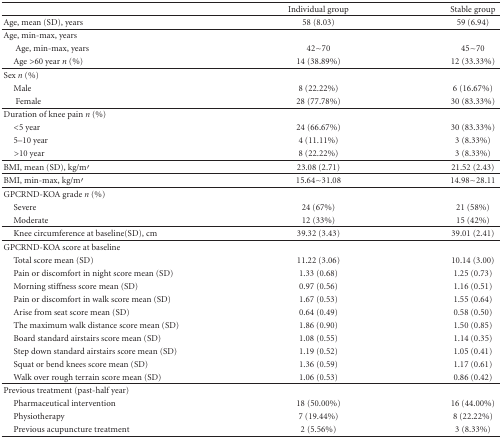
<table><thead><tr><td></td><td><b>Individual group</b></td><td><b>Stable group</b></td></tr></thead><tbody><tr><td>Age, mean (SD), years</td><td>58 (8.03)</td><td>59 (6.94)</td></tr><tr><td>Age, min-max, years</td><td></td><td></td></tr><tr><td>Age, min-max, years</td><td>42~70</td><td>45~70</td></tr><tr><td>Age &gt;60 year <i>n</i> (%)</td><td>14 (38.89%)</td><td>12 (33.33%)</td></tr><tr><td>Sex <i>n</i> (%)</td><td></td><td></td></tr><tr><td>Male</td><td>8 (22.22%)</td><td>6 (16.67%)</td></tr><tr><td>Female</td><td>28 (77.78%)</td><td>30 (83.33%)</td></tr><tr><td>Duration of knee pain <i>n</i> (%)</td><td></td><td></td></tr><tr><td> &lt;5 year</td><td>24 (66.67%)</td><td>30 (83.33%)</td></tr><tr><td> 5–10 year</td><td>4 (11.11%)</td><td>3 (8.33%)</td></tr><tr><td> &gt;10 year</td><td>8 (22.22%)</td><td>3 (8.33%)</td></tr><tr><td>BMI, mean (SD), kg/m′</td><td>23.08 (2.71)</td><td>21.52 (2.43)</td></tr><tr><td>BMI, min-max, kg/m′</td><td>15.64~31.08</td><td>14.98~28.11</td></tr><tr><td>GPCRND-KOA grade <i>n</i> (%)</td><td></td><td></td></tr><tr><td>Severe</td><td>24 (67%)</td><td>21 (58%)</td></tr><tr><td>Moderate</td><td>12 (33%)</td><td>15 (42%)</td></tr><tr><td> Knee circumference at baseline(SD), cm</td><td>39.32 (3.43)</td><td>39.01 (2.41)</td></tr><tr><td>GPCRND-KOA score at baseline</td><td></td><td></td></tr><tr><td>Total score mean (SD)</td><td>11.22 (3.06)</td><td>10.14 (3.00)</td></tr><tr><td> Pain or discomfort in night score mean (SD)</td><td>1.33 (0.68)</td><td>1.25 (0.73)</td></tr><tr><td> Morning stiffness score mean (SD)</td><td>0.97 (0.56)</td><td>1.16 (0.51)</td></tr><tr><td> Pain or discomfort in walk score mean (SD)</td><td>1.67 (0.53)</td><td>1.55 (0.64)</td></tr><tr><td>Arise from seat score mean (SD)</td><td>0.64 (0.49)</td><td>0.58 (0.50)</td></tr><tr><td> The maximum walk distance score mean (SD)</td><td>1.86 (0.90)</td><td>1.50 (0.85)</td></tr><tr><td>Board standard airstairs score mean (SD)</td><td>1.08 (0.55)</td><td>1.14 (0.35)</td></tr><tr><td>Step down standard airstairs score mean (SD)</td><td>1.19 (0.52)</td><td>1.05 (0.41)</td></tr><tr><td> Squat or bend knees score mean (SD)</td><td>1.36 (0.59)</td><td>1.17 (0.61)</td></tr><tr><td> Walk over rough terrain score mean (SD)</td><td>1.06 (0.53)</td><td>0.86 (0.42) </td></tr><tr><td>Previous treatment (past-half year)</td><td></td><td></td></tr><tr><td> Pharmaceutical intervention</td><td>18 (50.00%)</td><td>16 (44.00%)</td></tr><tr><td> Physiotherapy</td><td>7 (19.44%)</td><td>8 (22.22%)</td></tr><tr><td> Previous acupuncture treatment</td><td>2 (5.56%)</td><td>3 (8.33%)</td></tr></tbody></table>